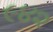
૯૪૨